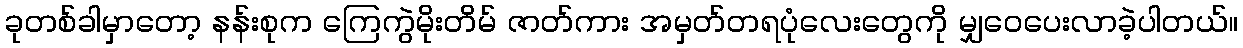
ခုတစ်ခါမှာတော့ နန်းစုက ကြေကွဲမိုးတိမ် ဇာတ်ကား အမှတ်တရပုံလေးတွေကို မျှဝေပေးလာခဲ့ပါတယ်။